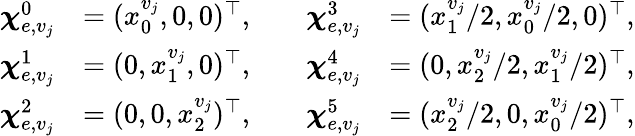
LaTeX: \begin{array}{rlrl}{\boldsymbol{\chi}_{e,v_{j}}^{0}}&{=(x_{0}^{v_{j}},0,0)^{\top},\quad}&{\boldsymbol{\chi}_{e,v_{j}}^{3}}&{=(x_{1}^{v_{j}}/2,x_{0}^{v_{j}}/2,0)^{\top},}\\ {\boldsymbol{\chi}_{e,v_{j}}^{1}}&{=(0,x_{1}^{v_{j}},0)^{\top},\quad}&{\boldsymbol{\chi}_{e,v_{j}}^{4}}&{=(0,x_{2}^{v_{j}}/2,x_{1}^{v_{j}}/2)^{\top},}\\ {\boldsymbol{\chi}_{e,v_{j}}^{2}}&{=(0,0,x_{2}^{v_{j}})^{\top},\quad}&{\boldsymbol{\chi}_{e,v_{j}}^{5}}&{=(x_{2}^{v_{j}}/2,0,x_{0}^{v_{j}}/2)^{\top},}\end{array}